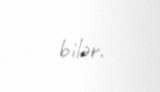
bilər.